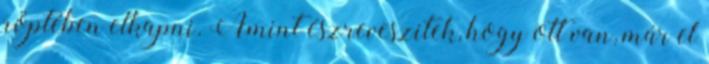
röptében elkapni. Amint észreveszitek, hogy ott van, már el